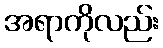
အရာကိုလည်း